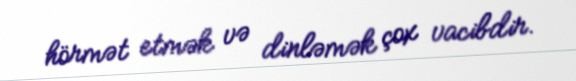
hörmət etmək və dinləmək çox vacibdir.